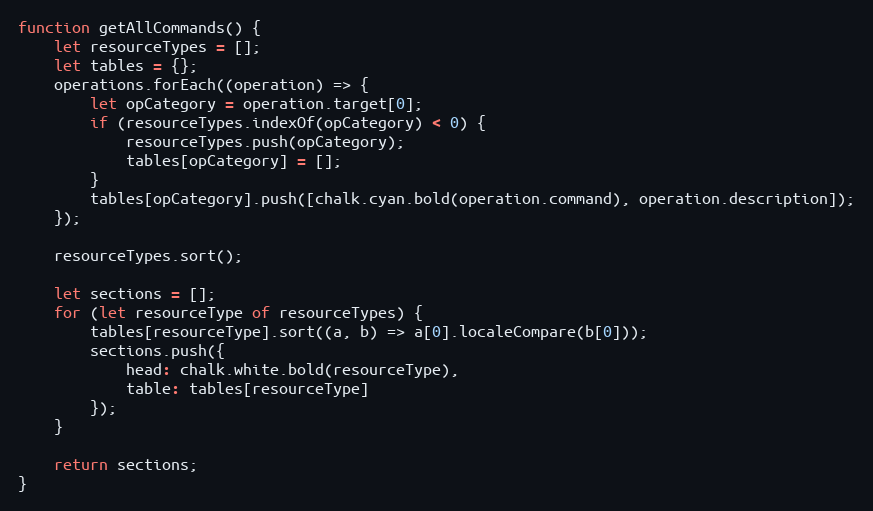
Language: JavaScript
function getAllCommands() {
    let resourceTypes = [];
    let tables = {};
    operations.forEach((operation) => {
        let opCategory = operation.target[0];
        if (resourceTypes.indexOf(opCategory) < 0) {
            resourceTypes.push(opCategory);
            tables[opCategory] = [];
        }
        tables[opCategory].push([chalk.cyan.bold(operation.command), operation.description]);
    });

    resourceTypes.sort();

    let sections = [];
    for (let resourceType of resourceTypes) {
        tables[resourceType].sort((a, b) => a[0].localeCompare(b[0]));
        sections.push({
            head: chalk.white.bold(resourceType),
            table: tables[resourceType]
        });
    }

    return sections;
}